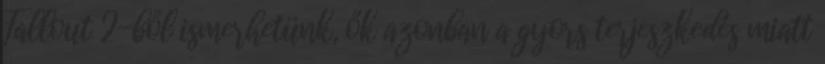
Fallout 2-ből ismerhetünk, ők azonban a gyors terjeszkedés miatt